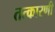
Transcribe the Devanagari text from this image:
तत्कारणी